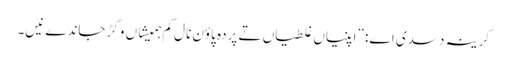
‏ کرینہ دسدی اے:‏ ”‏اپنیاں غلطیاں تے پردہ پاؤن نال کم ہمیشاں وِگڑ جاندے نیں۔